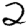
Digit: 2